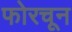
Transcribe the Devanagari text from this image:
फोरचून